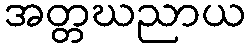
အတ္တဃညာယ